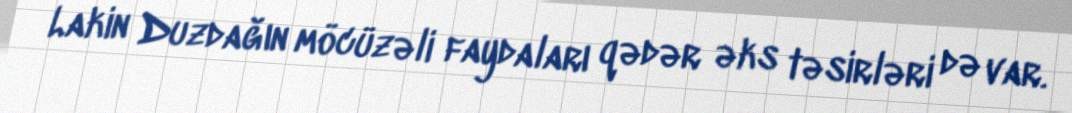
Lakin Duzdağın möcüzəli faydaları qədər əks təsirləri də var.